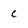
Character: c